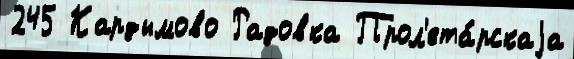
245 Кардымово Радовка Прол'ета́рскаjа